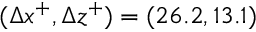
( \Delta x ^ { + } , \Delta z ^ { + } ) = ( 2 6 . 2 , 1 3 . 1 )